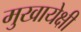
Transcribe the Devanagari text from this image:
मुखायेक्षी